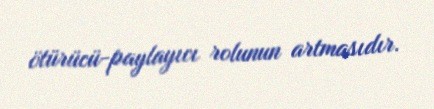
ötürücü-paylayıcı rolunun artmasıdır.